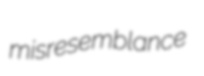
misresemblance